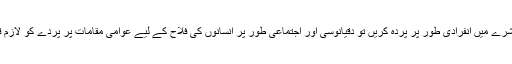
مسلمان اگر کسی بگڑے ہوئے معاشرے میں انفرادی طور پر پردہ کریں تو دقیانوسی اور اجتماعی طور پر انسانوں کی فلاح کے لیے عوامی مقامات پر پردے کو لازم قرار دے دیں تو ظالم بن جاتے ہیں۔